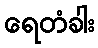
ရေတံခါး